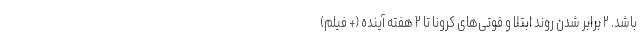
باشد. ۲ برابر شدن روند ابتلا و فوتی‌های کرونا تا ۲ هفته آینده (+ فیلم)